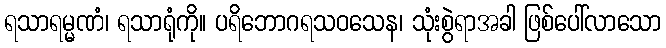
ရသာရမ္မဏံ၊ ရသာရုံကို။ ပရိဘောဂရသဝသေန၊ သုံးစွဲရာအခါ ဖြစ်ပေါ်လာသော